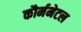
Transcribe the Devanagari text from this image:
कौर्ममेटल